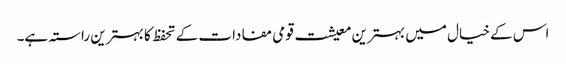
اس کے خیال میں بہترین معیشت قومی مفادات کے تحفظ کا بہترین راستہ ہے۔